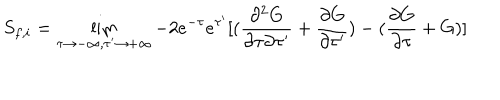
S _ { f , i } = \lim _ { \tau \rightarrow - \infty , \tau ^ { \prime } \rightarrow + \infty } - { 2 e ^ { - \tau } e ^ { \tau ^ { \prime } } } [ ( \frac { \partial ^ { 2 } G } { \partial \tau \partial \tau ^ { \prime } } + \frac { \partial G } { \partial \tau ^ { \prime } } ) - ( \frac { \partial G } { \partial \tau } + G ) ]